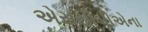
એસસીબીએના